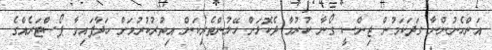
އަންހެނުންނާ ގަދަކަމުން ޖިންސީ ގޯނާ ކުރުމާ ދެކޮޅަށް ހޭލުންތެރިކަން އިތުރުކުރުމަށް ހަދާފައިވާ ޕޯސްޓަރެއްގެ